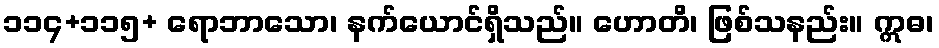
၁၁၄+၁၁၅+ ရောဘာသော၊ နက်ယောင်ရှိသည်။ ဟောတိ၊ ဖြစ်သနည်း။ ဣဓ၊